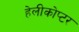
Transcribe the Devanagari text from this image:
हेलीकोप्टर